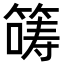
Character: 𡀤